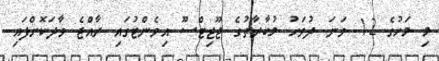
މި މަހުގެ 12 ވަނަ ދުވަހު މުބާރާތުގެ ޖޫޖިޓްސޫ އިވެންޓުގައި ރާއްޖެ ވާދަކޮށްފައި